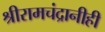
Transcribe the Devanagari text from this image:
श्रीरामचंद्रानीही